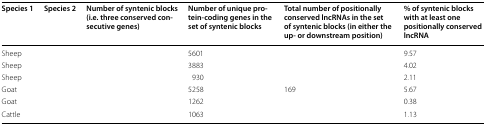
<table><thead><tr><td><b>Species 1</b></td><td><b>Species 2</b></td><td><b>Number of syntenic blocks (i.e. three conserved consecutive genes)</b></td><td><b>Number of unique protein-coding genes in the set of syntenic blocks</b></td><td><b>Total number of positionally conserved lncRNAs in the set of syntenic blocks (in either the up- or downstream position)</b></td><td><b>% of syntenic blocks with at least one positionally conserved lncRNA</b></td></tr></thead><tbody><tr><td>Sheep</td><td>[EMPTY_CELL]</td><td>[EMPTY_CELL]</td><td>5601</td><td>[EMPTY_CELL]</td><td>9.57</td></tr><tr><td>Sheep</td><td>[EMPTY_CELL]</td><td>[EMPTY_CELL]</td><td>3883</td><td>[EMPTY_CELL]</td><td>4.02</td></tr><tr><td>Sheep</td><td>[EMPTY_CELL]</td><td>[EMPTY_CELL]</td><td>930</td><td>[EMPTY_CELL]</td><td>2.11</td></tr><tr><td>Goat</td><td>[EMPTY_CELL]</td><td>[EMPTY_CELL]</td><td>5258</td><td>169</td><td>5.67</td></tr><tr><td>Goat</td><td>[EMPTY_CELL]</td><td>[EMPTY_CELL]</td><td>1262</td><td>[EMPTY_CELL]</td><td>0.38</td></tr><tr><td>Cattle</td><td>[EMPTY_CELL]</td><td>[EMPTY_CELL]</td><td>1063</td><td>[EMPTY_CELL]</td><td>1.13</td></tr></tbody></table>